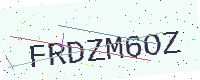
Text: FRDZM6OZ